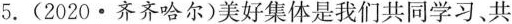
5.（2020·齐齐哈尔）美好集体是我们共同学习、共